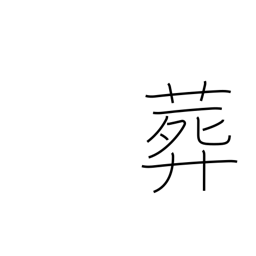
Meaning: interment